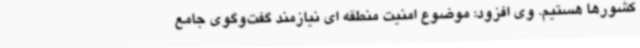
کشورها هستیم. وی افزود: موضوع امنیت منطقه ای نیازمند گفت‌وگوی جامع